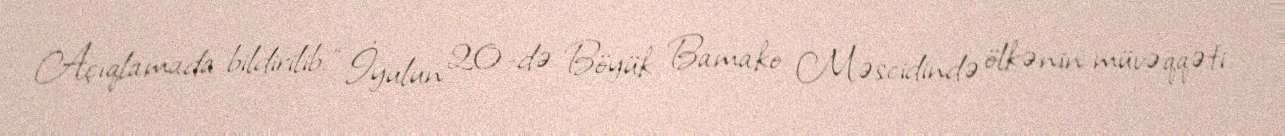
Açıqlamada bildirilib: “İyulun 20-də Böyük Bamako Məscidində ölkənin müvəqqəti